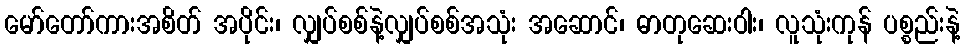
မော်တော်ကားအစိတ် အပိုင်း၊ လျှပ်စစ်နဲ့လျှပ်စစ်အသုံး အဆောင်၊ ဓာတုဆေးဝါး၊ လူသုံးကုန် ပစ္စည်းနဲ့